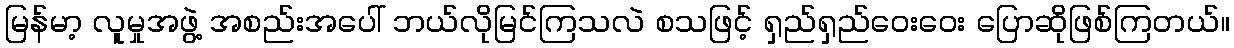
မြန်မာ့ လူမှုအဖွဲ့ အစည်းအပေါ် ဘယ်လိုမြင်ကြသလဲ စသဖြင့် ရှည်ရှည်ဝေးဝေး ပြောဆိုဖြစ်ကြတယ်။